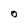
Character: o